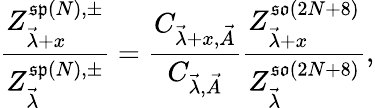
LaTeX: \frac{Z_{\vec{\lambda}+x}^{\mathfrak{sp}(N),\pm}}{Z_{\vec{\lambda}}^{\mathfrak{sp}(N),\pm}}=\frac{C_{\vec{\lambda}+x,\vec{A}}}{C_{\vec{\lambda},\vec{A}}}\frac{Z_{\vec{\lambda}+x}^{\mathfrak{so}(2N+8)}}{Z_{\vec{\lambda}}^{\mathfrak{so}(2N+8)}},